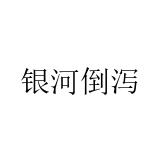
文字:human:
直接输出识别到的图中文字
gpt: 银河倒泻